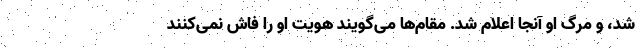
شد، و مرگ او آنجا اعلام شد. مقام‌ها می‌گویند هویت او را فاش نمی‌کنند